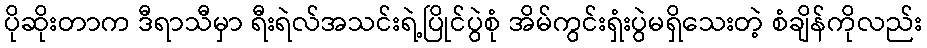
ပိုဆိုးတာက ဒီရာသီမှာ ရီးရဲလ်အသင်းရဲ့ပြိုင်ပွဲစုံ အိမ်ကွင်းရှံးပွဲမရှိသေးတဲ့ စံချိန်ကိုလည်း